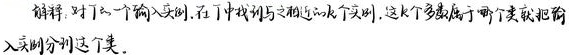
解释：对于一个输入实例，在T中找到与之相近的k个实例，这k个多数属于哪个类就把输入实例分到这个类。